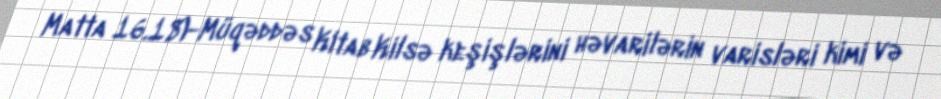
Matta 16.18)-Müqəddəs Kitab Kilsə keşişlərini həvarilərin varisləri kimi və